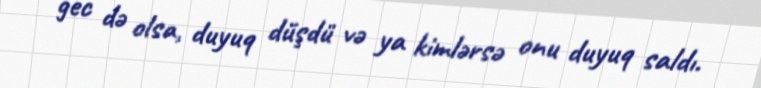
gec də olsa, duyuq düşdü və ya kimlərsə onu duyuq saldı.